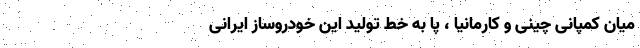
میان کمپانی چینی و کارمانیا ، پا به خط تولید این خودروساز ایرانی